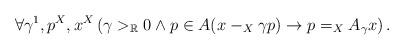
LaTeX: \begin{align*}\forall\gamma^1,p^X,x^X\left(\gamma>_\mathbb{R}0\land p\in A(x-_X\gamma p)\rightarrow p=_XA_\gamma x\right).\end{align*}